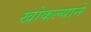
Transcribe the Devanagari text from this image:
खोकल्याने